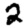
Digit: 2